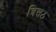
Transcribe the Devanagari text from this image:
त्रिसठ